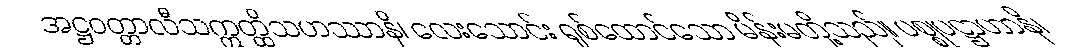
အဋ္ဌဝတ္တာလီသဣတ္ထိသဟဿာနိ၊ လေးသောင်း ရှစ်ထောင်သော မိန်းမတို့သည်။ ပစ္စုပဋ္ဌာဟာနိ၊